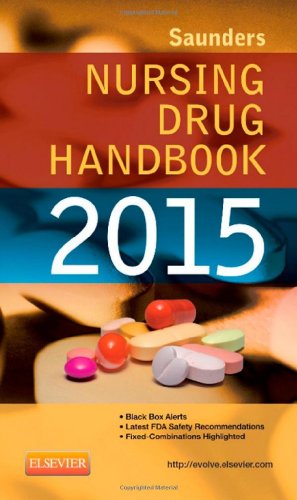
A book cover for Saunders Nursing Drug Handbook 2015; Robert J. Kizior; Medical Books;